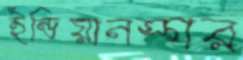
ইন্ডিয়ানস্গর